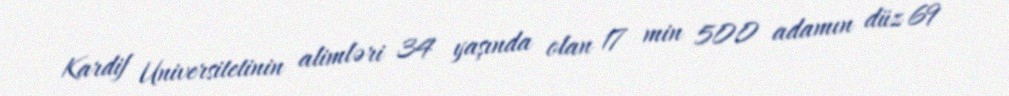
Kardif Universitetinin alimləri 34 yaşında olan 17 min 500 adamın düz 69